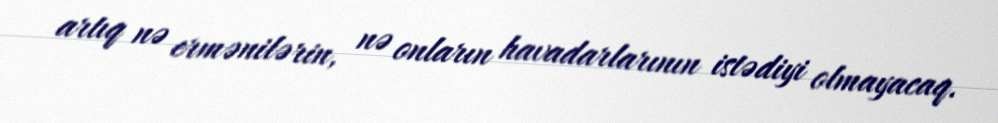
artıq nə ermənilərin, nə onların havadarlarının istədiyi olmayacaq.